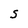
Character: S